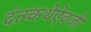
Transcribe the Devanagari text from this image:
दंतकथेऐवजी